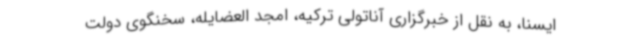
ایسنا، به نقل از خبرگزاری آناتولی ترکیه، امجد العضایله، سخنگوی دولت